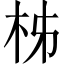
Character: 柹